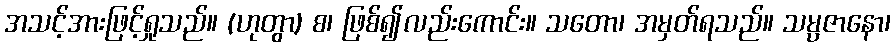
အသင့်အားဖြင့်ရှုသည်။ (ဟုတွာ) စ၊ ဖြစ်၍လည်းကောင်း။ သတော၊ အမှတ်ရသည်။ သမ္ပဇာနော၊